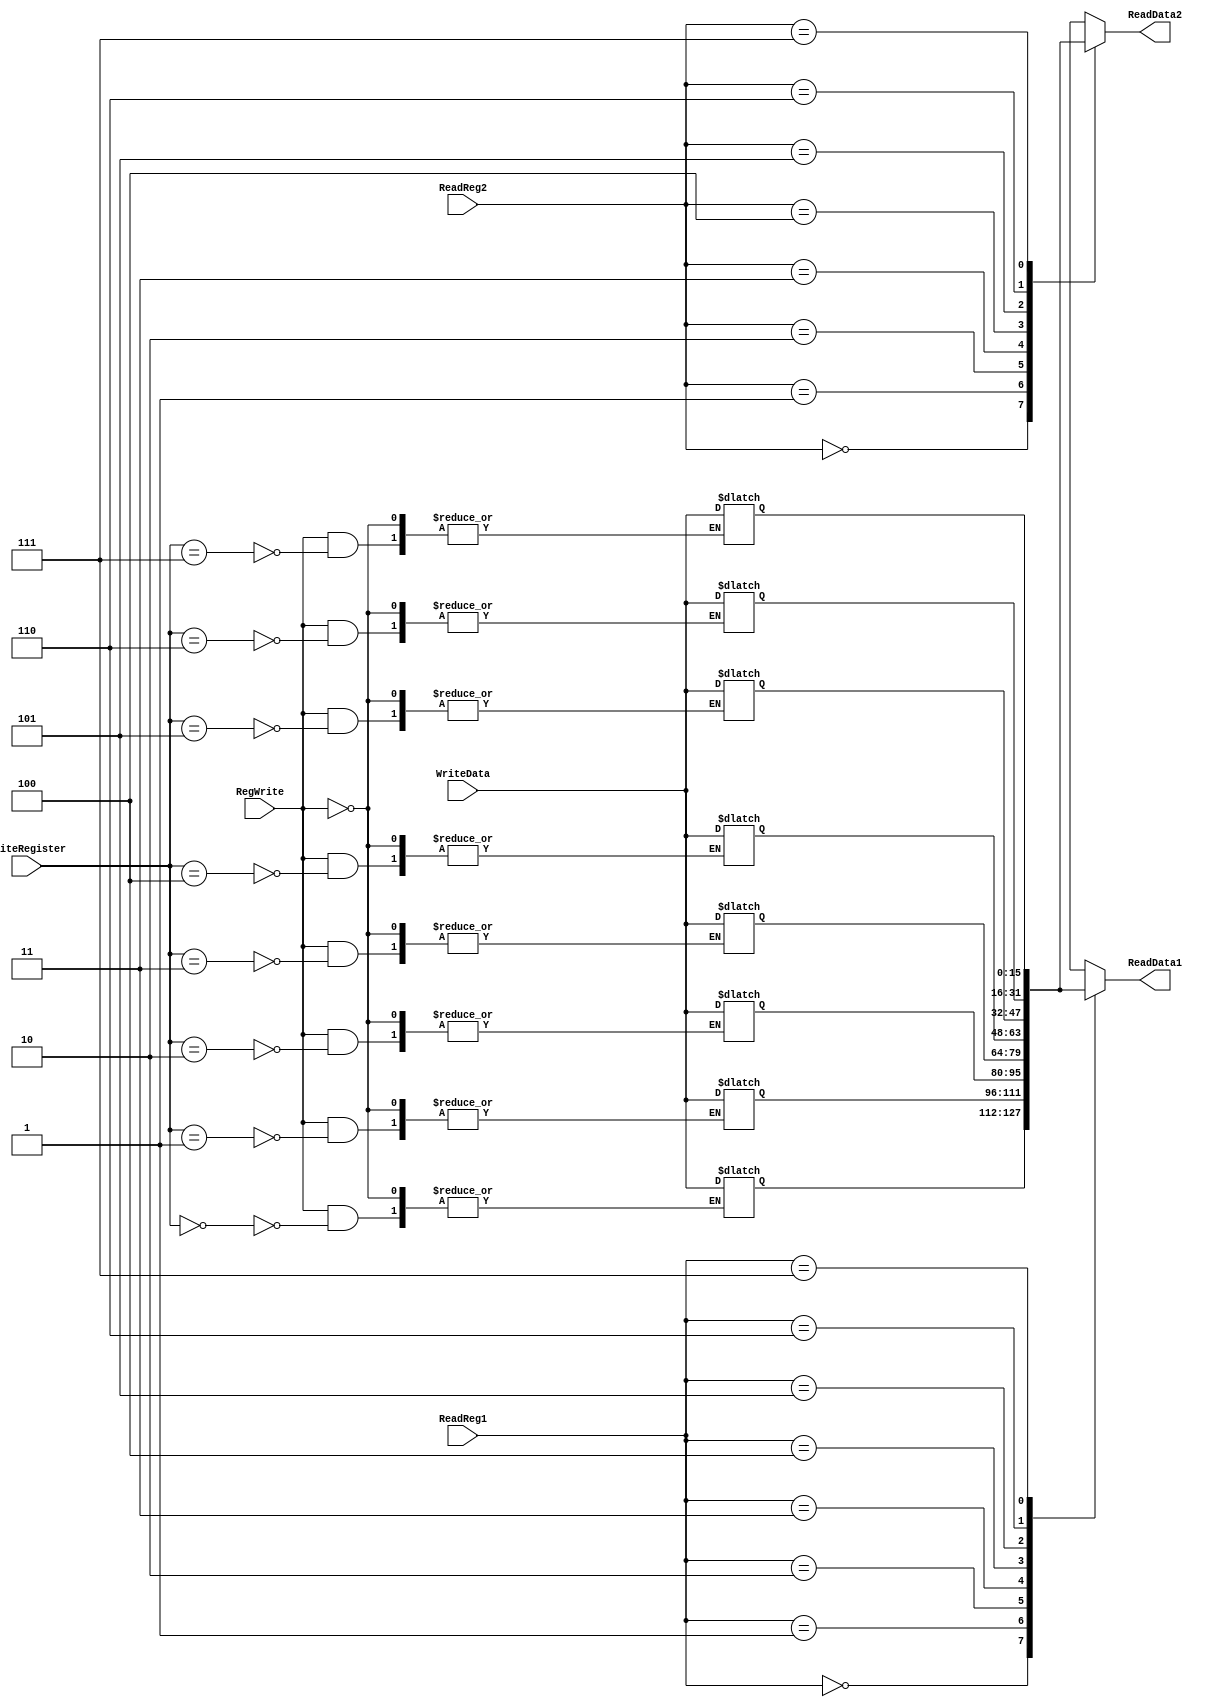
module reg_file(
    output  [15:0] ReadData1,
    output  [15:0] ReadData2,
    input RegWrite,
    input [2:0] WriteRegister,
    input [2:0] ReadReg1,
    input [2:0] ReadReg2,
    input [15:0] WriteData
    );
    

    reg [15 : 0] mem [7:0];
    integer i;

    initial begin
        for(i =0; i <=7 ; i = i + 1) begin
            mem[i]=8'h00;
        end
    end
    
    always @( *  )
    begin 
	if (RegWrite)
	begin
	   mem[WriteRegister]<=WriteData;
	end
    end
  	 assign ReadData1 = mem[ReadReg1];
	 assign ReadData2 = mem[ReadReg2];

       
     
endmodule